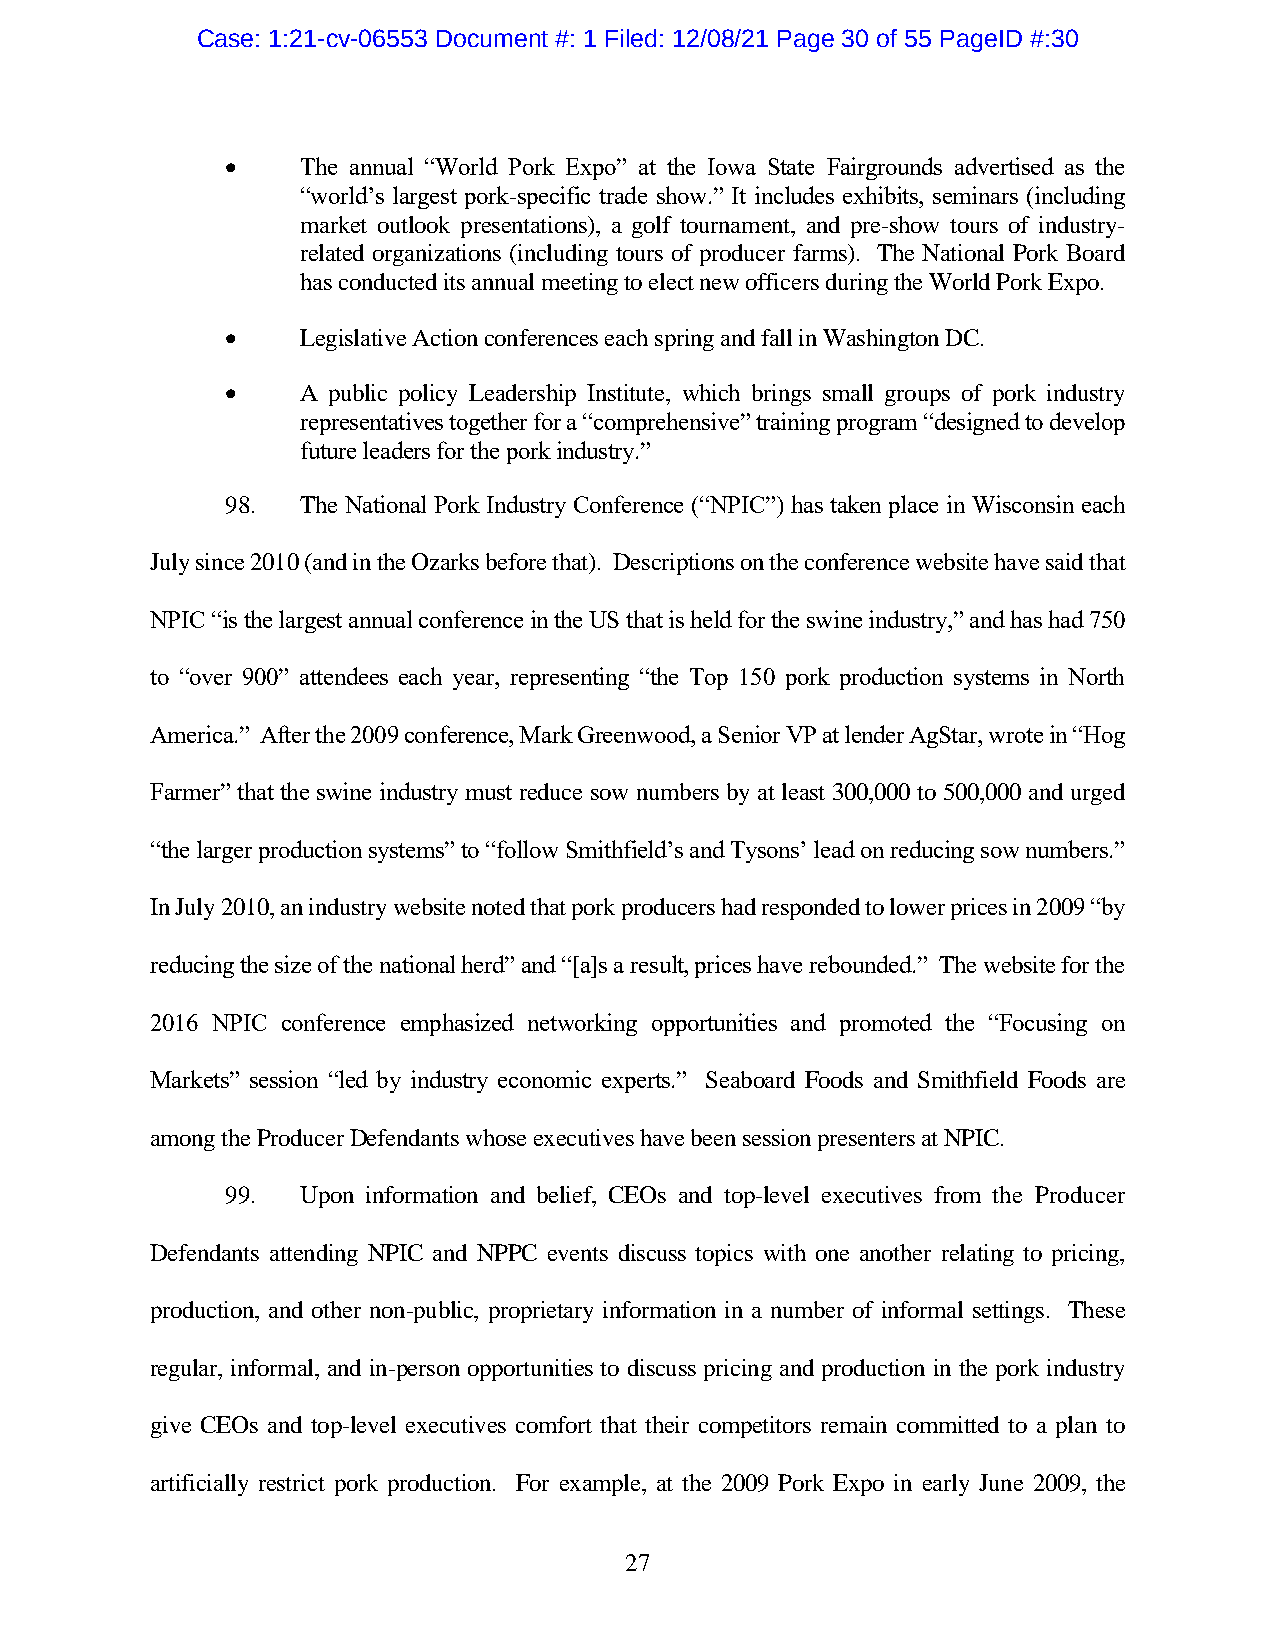
Case: 1:21-cv-06553 Document #: 1 Filed: 12/08/21 Page 30 of 55 PageID #:30
 •    The annual “World Pork Expo” at the Iowa State Fairgrounds advertised as the
 “world’s largest pork-specific trade show.” It includes exhibits, seminars (including
 market outlook presentations), a golf tournament, and pre-show tours of industry-
 related organizations (including tours of producer farms). The National Pork Board
 has conducted its annual meeting to elect new officers during the World Pork Expo.
 •    Legislative Action conferences each spring and fall in Washington DC.
 •    A public policy Leadership Institute, which brings small groups of pork industry
 representatives together for a “comprehensive” training program “designed to develop
 future leaders for the pork industry.”
 98.  The National Pork Industry Conference (“NPIC”) has taken place in Wisconsin each
 July since 2010 (and in the Ozarks before that). Descriptions on the conference website have said that
 NPIC “is the largest annual conference in the US that is held for the swine industry,” and has had 750
 to “over 900” attendees each year, representing “the Top 150 pork production systems in North
 America.” After the 2009 conference, Mark Greenwood, a Senior VP at lender AgStar, wrote in “Hog
 Farmer” that the swine industry must reduce sow numbers by at least 300,000 to 500,000 and urged
 “the larger production systems” to “follow Smithfield’s and Tysons’ lead on reducing sow numbers.”
 In July 2010, an industry website noted that pork producers had responded to lower prices in 2009 “by
 reducing the size of the national herd” and “[a]s a result, prices have rebounded.” The website for the
 2016 NPIC conference emphasized networking opportunities and promoted the “Focusing on
 Markets” session “led by industry economic experts.” Seaboard Foods and Smithfield Foods are
 among the Producer Defendants whose executives have been session presenters at NPIC.
 99.  Upon information and belief, CEOs and top-level executives from the Producer
 Defendants attending NPIC and NPPC events discuss topics with one another relating to pricing,
 production, and other non-public, proprietary information in a number of informal settings. These
 regular, informal, and in-person opportunities to discuss pricing and production in the pork industry
 give CEOs and top-level executives comfort that their competitors remain committed to a plan to
 artificially restrict pork production. For example, at the 2009 Pork Expo in early June 2009, the
 27